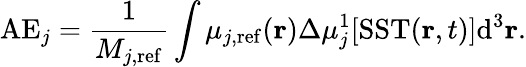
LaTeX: \mathrm{AE}_{j}=\frac{1}{M_{j,\mathrm{ref}}}\int{\mu_{j,\mathrm{ref}}(\mathbf{r})\Delta\mu_{j}^{1}[\mathrm{SST}(\mathbf{r},t)]}\mathrm{d}^{3}\mathbf{r}.